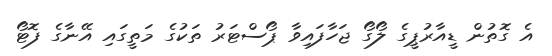
އެ ގޮތުން ޑީއާރުޕީގެ ލޯގޯ ޖަހާފައިވާ ޕޯސްޓަރު ތަކުގެ މަތީގައި އޭނާގެ ފޮޓޯ